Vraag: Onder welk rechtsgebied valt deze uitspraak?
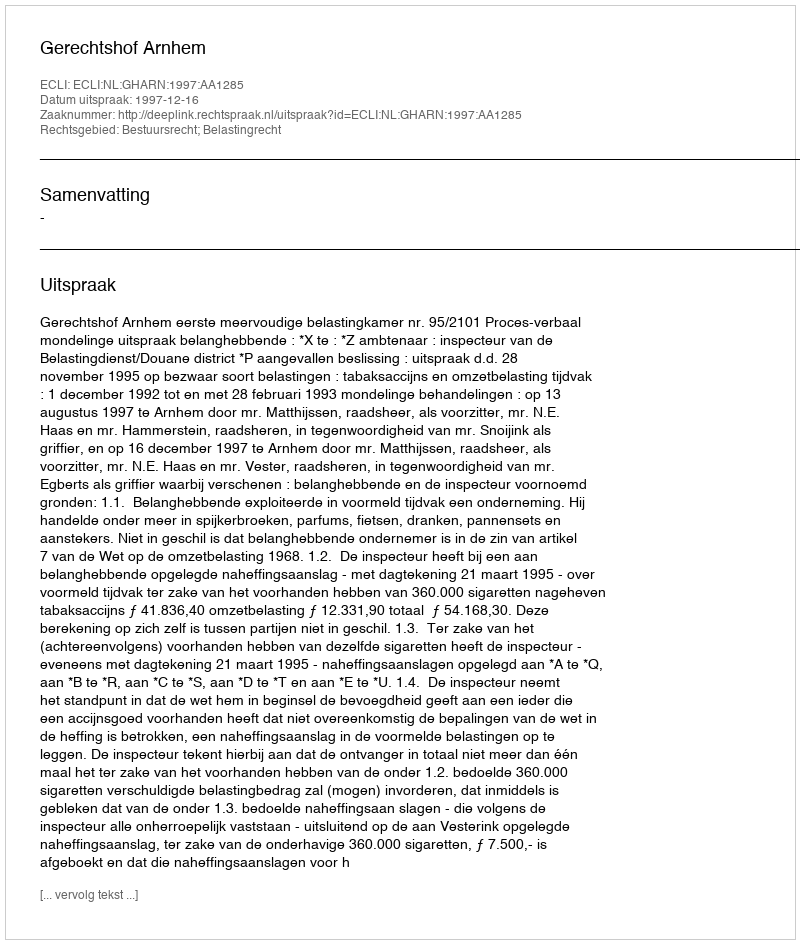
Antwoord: Bestuursrecht; Belastingrecht